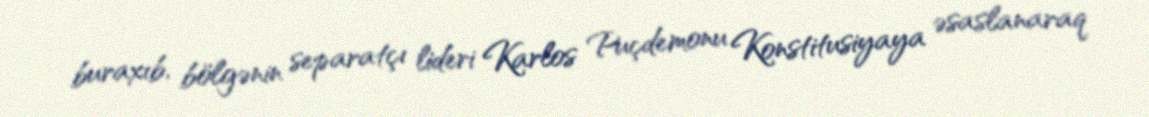
buraxıb, bölgənin separatçı lideri Karlos Puçdemonu Konstitusiyaya əsaslanaraq